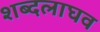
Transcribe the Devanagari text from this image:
शब्दलाघव